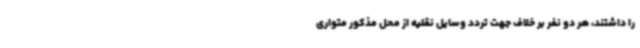
را داشتند، هر دو نفر بر خلاف جهت تردد وسایل نقلیه از محل مذکور متواری